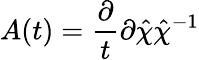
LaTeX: A(t)=\frac{\partial}{t}{\partial\hat{\chi}}\hat{\chi}^{-1}